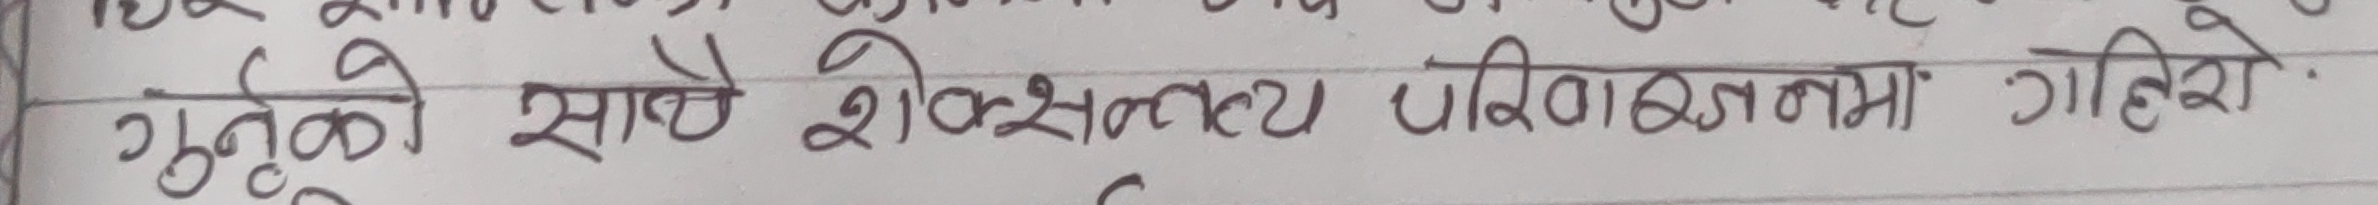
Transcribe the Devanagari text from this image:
गुटको साथै शैक्षिक परीक्षणमा गहिरो ।